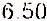
6.50